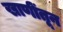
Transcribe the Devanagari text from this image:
खाणींतून